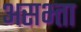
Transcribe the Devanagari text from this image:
असभ्ता